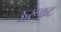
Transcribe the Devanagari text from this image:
ऊरूकट